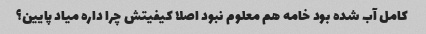
کامل آب شده بود خامه هم معلوم نبود اصلا کیفیتش چرا داره میاد پایین؟